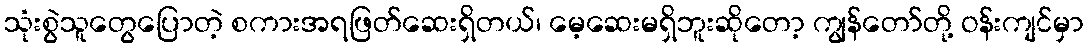
သုံးစွဲသူတွေပြောတဲ့ စကားအရဖြတ်ဆေးရှိတယ်၊ မေ့ဆေးမရှိဘူးဆိုတော့ ကျွန်တော်တို့ ဝန်းကျင်မှာ